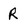
Character: R